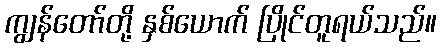
ကျွန်တော်တို့ နှစ်ယောက် ပြိုင်တူရယ်သည်။